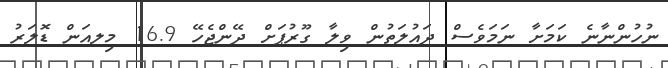
ނުހުންނާނެ ކަމަށާ ނަމަވެސް ދައުލަތުން ވިލާ ގޫރުޕަށް ދޭންޖެހޭ 16.9 މިލއަން ޑޮލަރު